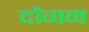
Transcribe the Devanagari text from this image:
दौगन